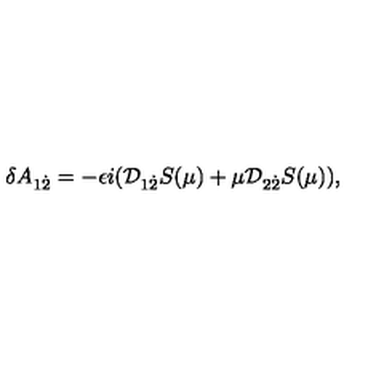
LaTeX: \delta A _ { 1 { \dot { 2 } } } = - \epsilon i ( { \cal D } _ { 1 { \dot { 2 } } } S ( \mu ) + \mu { \cal D } _ { 2 { \dot { 2 } } } S ( \mu ) ) ,